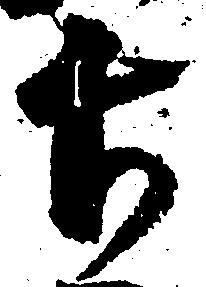
長